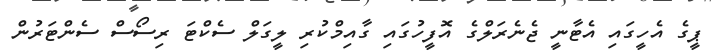
ޕީގެ އެހީގައި އެޓާނީ ޖެނެރަލްގެ އޮފީހުގައި ގާއިމްކުރި ލީގަލް ސެކްޓަ ރިސޯސް ސެންޓަރުން